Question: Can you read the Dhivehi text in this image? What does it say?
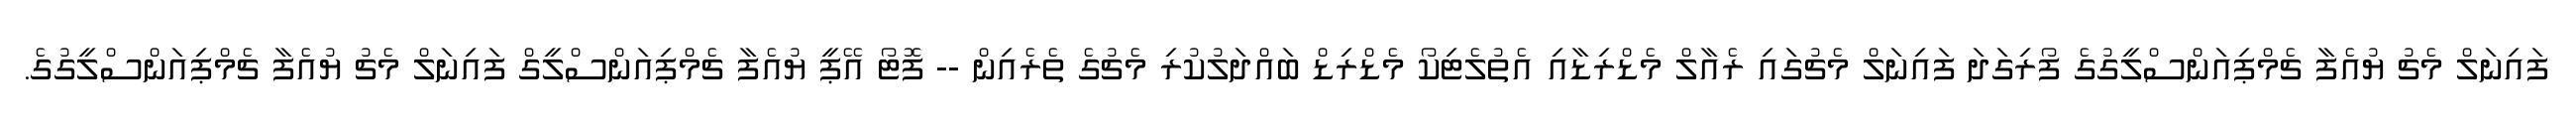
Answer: ފައިނަލް މެޗު ޔުއެފާ ޗެމްޕިއަންސްލީގުގެ ފޯރިގަދަ ފައިނަލް މެޗުގައި ރެއާލް މެޑްރިޑާއި އެތުލެޓިކޯ މެޑްރިޑް ބައްދަލުކުރި މެޗުގެ ތެރެއިން -- ފޮޓޯ އޭޕީ ޔުއެފާ ޗެމްޕިއަންސްލީގް ފައިނަލް މެޗު ޔުއެފާ ޗެމްޕިއަންސްލީގުގެ.